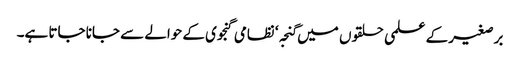
برصغیر کے علمی حلقوں میں گنجہ‘ نظامی گنجوی کے حوالے سے جانا جاتا ہے۔